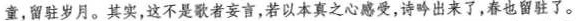
童，留驻岁月。其实，这不是歌者妄言，若以本真之心感受，诗吟出来了，春也留驻了。